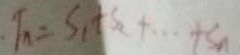
T _ { n } = S _ { 1 } + S _ { 2 } + \cdots + S _ { n }